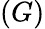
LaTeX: (G)